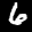
Label: 6